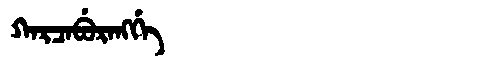
Manchu: ᡴᠠᡵᠴᠠᠪᡠᡵᠠᠩᡤᡝ
Romanization: KARCABURANGGE